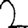
Digit: 2